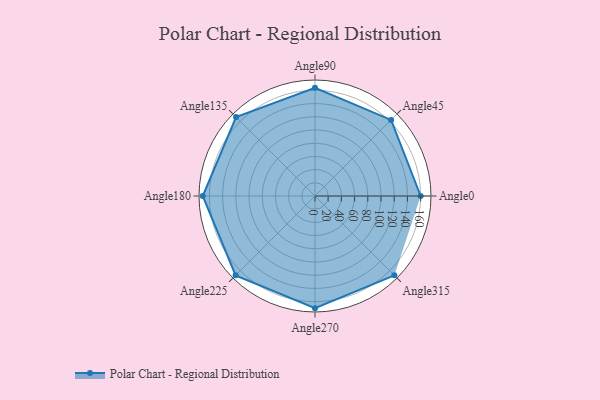
{"axis": {"x": "Angle", "y": "Radius"}, "legend": [""], "data": [{"x": "Angle0", "y": 160.0, "type": ""}, {"x": "Angle45", "y": 163.0, "type": ""}, {"x": "Angle90", "y": 164.0, "type": ""}, {"x": "Angle135", "y": 169.0, "type": ""}, {"x": "Angle180", "y": 170, "type": ""}, {"x": "Angle225", "y": 170, "type": ""}, {"x": "Angle270", "y": 170, "type": ""}, {"x": "Angle315", "y": 170, "type": ""}]}